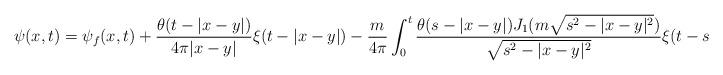
LaTeX: \begin{align*}\psi(x,t)=\psi_f(x,t)+\frac{\theta(t-|x-y|)}{4\pi|x-y|}\xi(t-|x-y|)-\frac{m}{4\pi}\int_0^t\frac{\theta(s-|x-y|)J_1(m\sqrt{s^2-|x-y|^2})}{\sqrt{s^2-|x-y|^2}}\xi(t-s)ds.\end{align*}